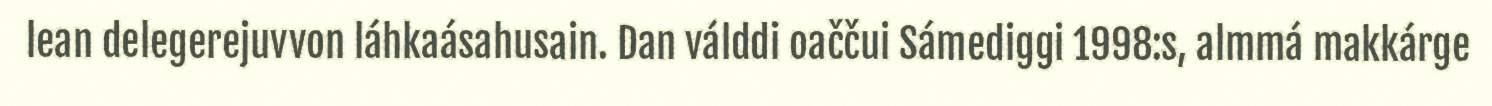
lean delegerejuvvon láhkaásahusain. Dan válddi oaččui Sámediggi 1998:s, almmá makkárge